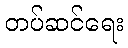
တပ်ဆင်ရေး